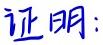
证明：